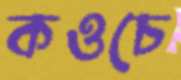
কওচে